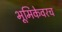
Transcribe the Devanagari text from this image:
भूमिकेवरच